Mental hospitals Bombay report 1929-33 - 1929-1933
Year: 1929
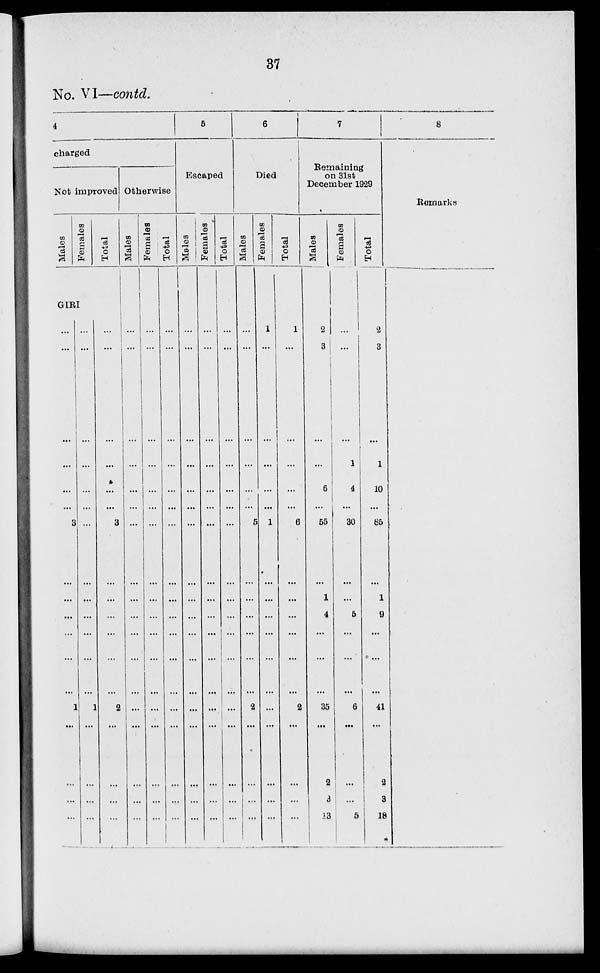
37
No. VI—contd.
4
charged
Not improved
Males
Females
Total
GIRI
...
...
...
...
...
...
3
...
...
...
...
...
...
1
...
...
...
...
...
...
...
...
...
...
...
...
...
...
...
...
...
1
...
...
...
...
...
...
...
...
...
...
3
...
...
...
...
...
...
2
...
...
...
...
Otherwise
Males
...
...
...
...
...
...
...
...
...
...
...
...
...
...
...
...
...
...
Females
...
...
...
...
...
...
...
...
...
...
...
...
...
...
...
...
...
...
Total
...
...
...
...
...
...
...
...
...
...
...
...
...
...
...
...
...
...
5
Escaped
Males
...
...
...
...
...
...
...
...
...
...
...
...
...
...
...
...
...
Females
...
...
...
...
...
...
...
...
...
...
...
...
...
...
...
...
...
...
Total
...
...
...
...
...
...
...
...
...
...
...
...
...
...
...
...
...
...
6
Died
Males
...
...
...
...
...
...
5
...
...
...
...
...
...
2
...
...
...
...
Females
1
...
...
...
...
...
1
...
...
...
...
...
...
...
...
...
...
...
Total
1
...
...
...
...
...
6
...
...
...
...
...
...
2
...
...
...
...
7
Remaining
on 31st
December 1929
Males
2
3
...
...
6
...
55
...
1
4
...
...
...
35
...
2
3
13
Females
...
...
...
1
4
...
30
...
...
5
...
...
...
6
...
...
...
5
Total
2
3
...
1
10
...
85
...
1
9
...
...
...
41
...
2
3
18
8
Remarks